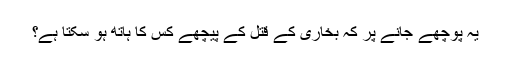
یہ پوچھے جانے پر کہ بخاری کے قتل کے پیچھے کس کا ہاتھ ہو سکتا ہے؟